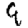
Digit: 9